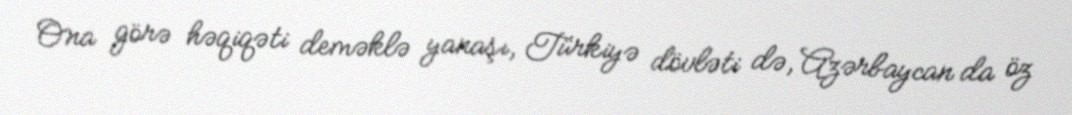
Ona görə həqiqəti deməklə yanaşı, Türkiyə dövləti də, Azərbaycan da öz